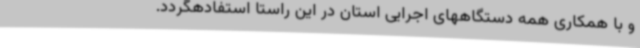
و با همکاری همه دستگاههای اجرایی استان در این راستا استفادهگردد.